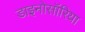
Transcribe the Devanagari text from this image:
डाइनोसॉरिया